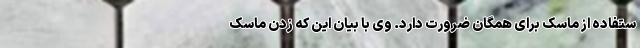
ستفاده از ماسک برای همگان ضرورت دارد. وی با بیان این که زدن ماسک